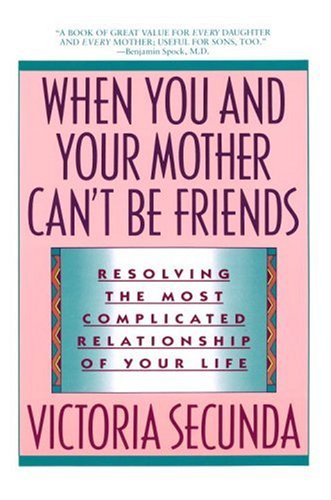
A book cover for When You and Your Mother Can't Be Friends: Resolving the Most Complicated Relationship of Your Life; Victoria Secunda; Parenting & Relationships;